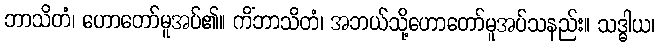
ဘာသိတံ၊ ဟောတော်မူအပ်၏။ ကိံဘာသိတံ၊ အဘယ်သို့ဟောတော်မူအပ်သနည်း။ သဒ္ဓါယ၊